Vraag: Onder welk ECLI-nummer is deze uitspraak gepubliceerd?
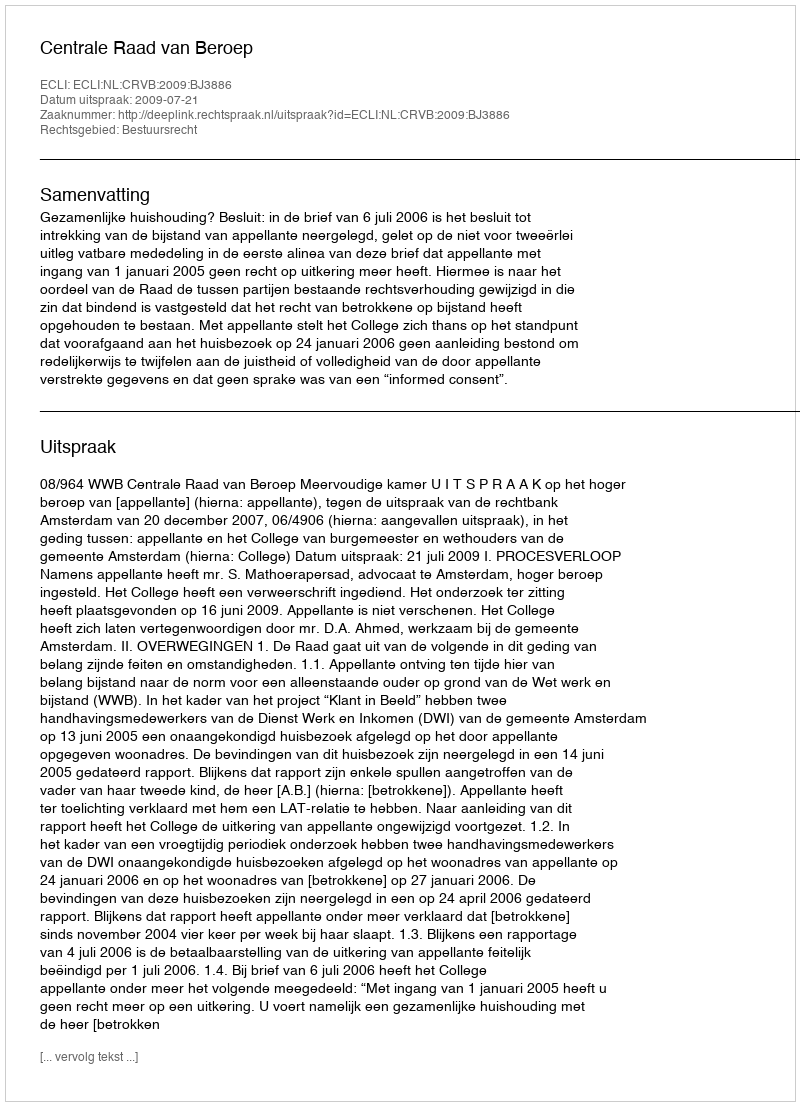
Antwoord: ECLI:NL:CRVB:2009:BJ3886